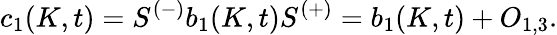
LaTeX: c_{1}(K,t)=S^{(-)}b_{1}(K,t)S^{(+)}=b_{1}(K,t)+O_{1,3}.